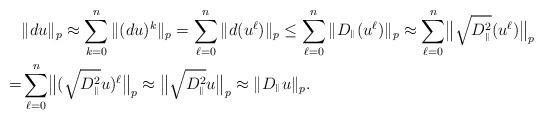
LaTeX: \begin{align*}&\|du\|_p\approx\sum_{k=0}^n\|(du)^k\|_p=\sum_{\ell=0}^n\|d(u^\ell)\|_p\le \sum_{\ell=0}^n\|D_{{}^\Vert}(u^\ell)\|_p\approx\sum_{\ell=0}^n\bigl\|\sqrt{D_{{}^\Vert}^2}(u^\ell)\bigr\|_p\\=&\sum_{\ell=0}^n\bigl\|(\sqrt{D_{{}^\Vert}^2}u)^\ell\bigr\|_p\approx \bigl\|\sqrt{D_{{}^\Vert}^2}u\bigr\|_p\approx \|D_{{}^\Vert}u\|_p.\end{align*}